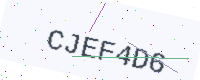
Text: CJEF4D6